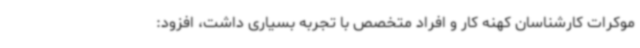
موکرات کارشناسان کهنه کار و افراد متخصص با تجربه بسیاری داشت، افزود: